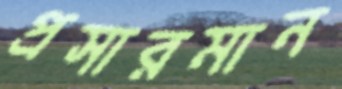
প্রসারমান